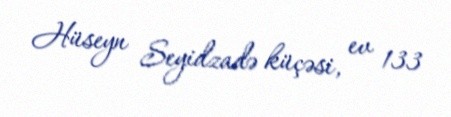
Hüseyn Seyidzadə küçəsi, ev 133